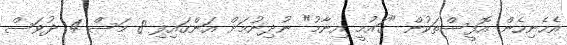
އެހެނިހެން އޮފީސްތަކުން "ގައުމީ އިނާމު" ނުދިނުމަށް އަންގައިފި 8 މަސް 4 ދުވަސް